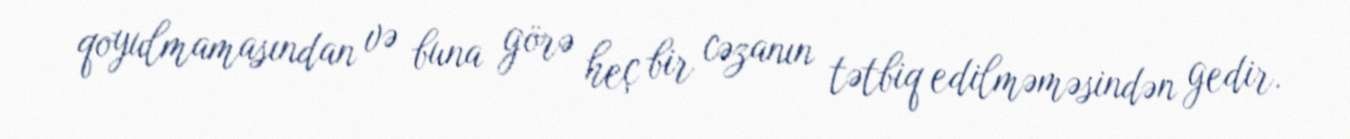
qoyulmamasından və buna görə heç bir cəzanın tətbiq edilməməsindən gedir.